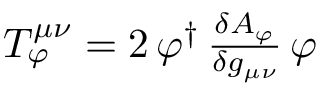
\begin{array} { r } { T _ { \varphi } ^ { \mu \nu } = 2 \, \varphi ^ { \dag } \, \frac { \delta A _ { \varphi } } { \delta g _ { \mu \nu } } \, \varphi } \end{array}